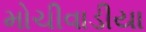
મોચીવાડીયા